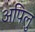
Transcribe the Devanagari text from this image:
अपिलु